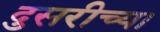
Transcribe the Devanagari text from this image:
दुसरीच्या